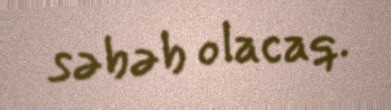
səbəb olacaq.